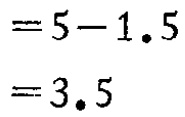
\[

\begin{align*}

&=5 - 1.5\\

&=3.5

\end{align*}

\]